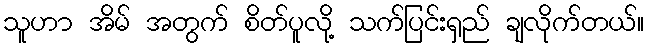
သူဟာ အိမ် အတွက် စိတ်ပူလို့ သက်ပြင်းရှည် ချလိုက်တယ်။